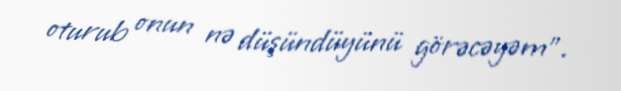
oturub onun nə düşündüyünü görəcəyəm".